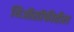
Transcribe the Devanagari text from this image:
थिऑसॉफीतील